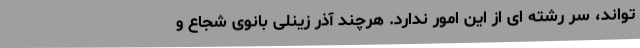
تواند، سر رشته ای از این امور ندارد. هرچند آذر زینلی بانوی شجاع و